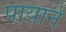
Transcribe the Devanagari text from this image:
पायानें